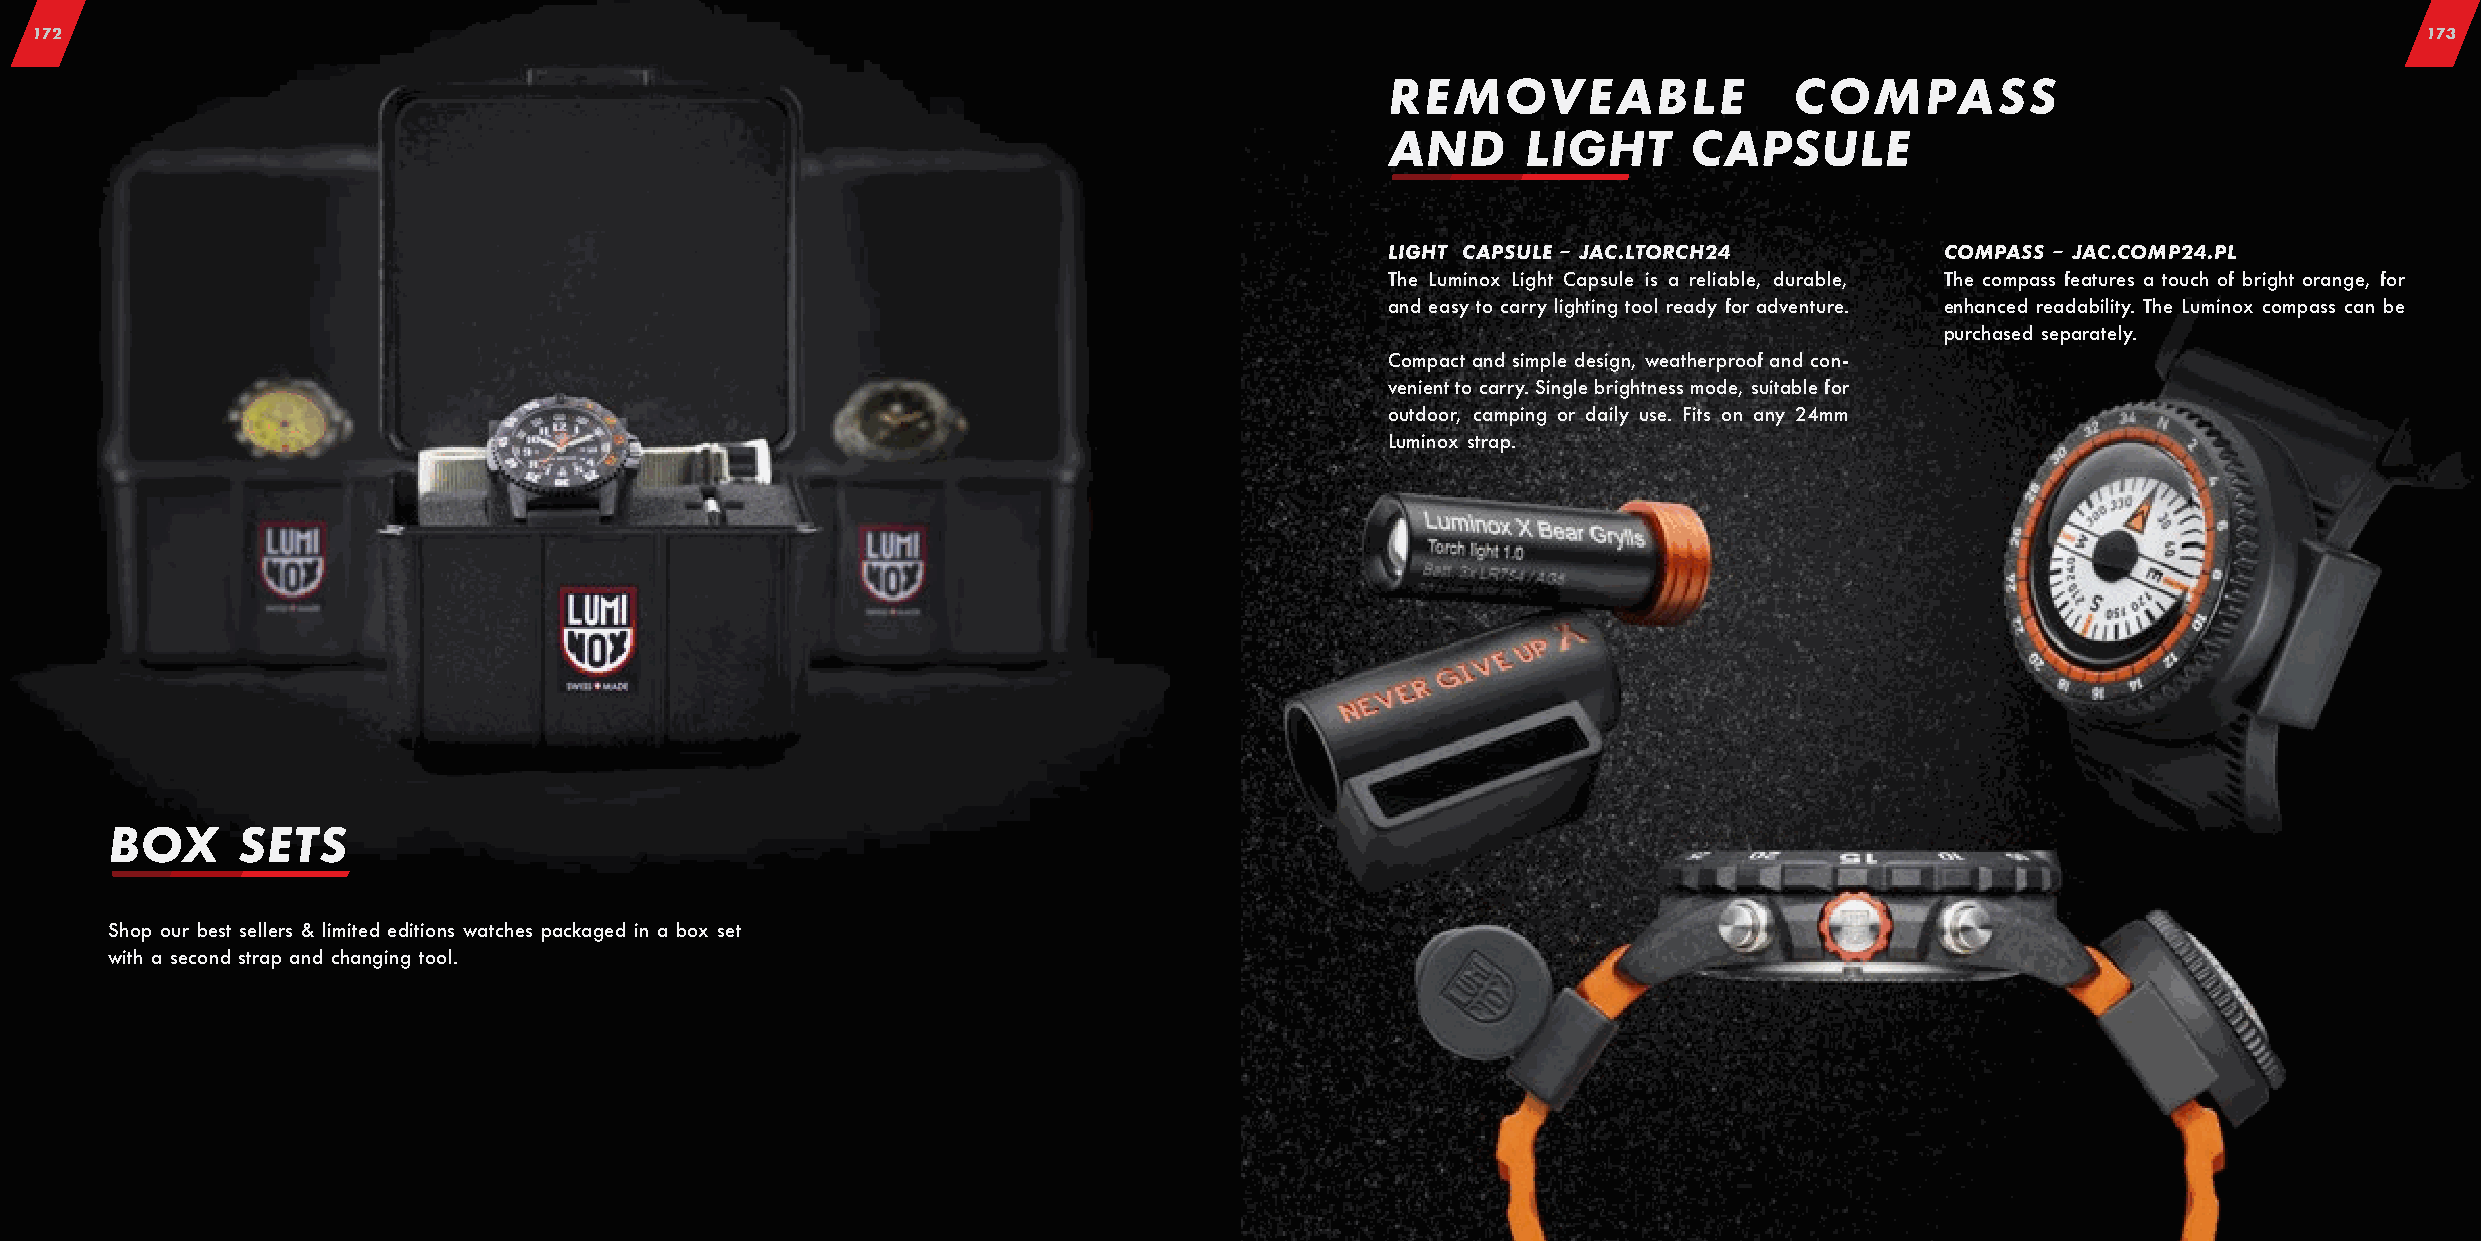
172                                                                                                                                                            173
 REMOVEABLE                 COMPASS
 AND      LIGHT      CAPSULE
 LIGHT CAPSULE – JAC.LTORCH24         COMPASS – JAC.COMP24.PL
 The Luminox Light Capsule is a reliable, durable, The compass features a touch of bright orange, for
 and easy to carry lighting tool ready for adventure. enhanced readability. The Luminox compass can be
 purchased separately.
 Compact and simple design, weatherproof and con-
 venient to carry. Single brightness mode, suitable for
 outdoor, camping or daily use. Fits on any 24mm
 Luminox strap.
 BOX      SETS
 Shop our best sellers & limited editions watches packaged in a box set
 with a second strap and changing tool.